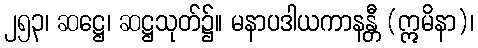
၂၅၃၊ ဆဋ္ဌေ၊ ဆဋ္ဌသုတ်၌။ မနာပဒါယကာနန္တီ (ဣမိနာ)၊